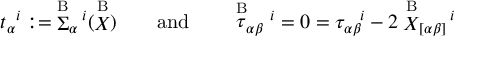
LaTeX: t _ { \alpha } { } ^ { i } : = \; \stackrel { \mathrm { B } } { \Sigma } _ { \alpha } { } ^ { \! i } ( \stackrel { \mathrm { B } } { X } ) \qquad \mathrm { a n d } \qquad \stackrel { \mathrm { B } } { \tau } _ { \alpha \beta } { } ^ { i } = 0 = { \tau } _ { \alpha \beta } { } ^ { \! i } - 2 \stackrel { \mathrm { B } } { X } _ { [ \alpha \beta ] } { } ^ { \! i }